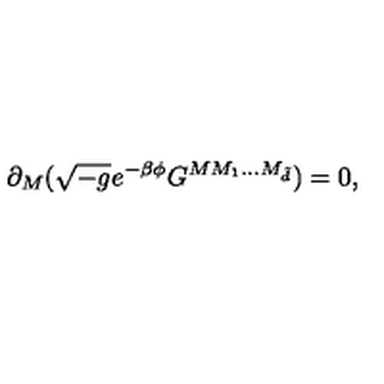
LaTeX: \partial _ { M } ( \sqrt { - g } e ^ { - \beta \phi } G ^ { M M _ { 1 } . . . M _ { { \tilde { d } } } } ) = 0 ,